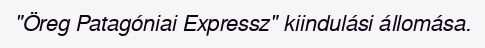
"Öreg Patagóniai Expressz" kiindulási állomása.